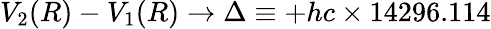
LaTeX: V_{2}(R)-V_{1}(R)\to\Delta\equiv+hc\times 14296.114